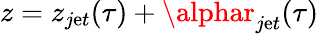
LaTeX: z=z_{j\mathrm{e}t}(\tau)+\alphar_{j\mathrm{e}t}(\tau)